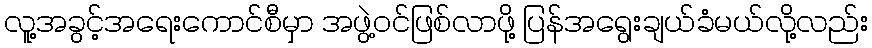
လူ့အခွင့်အရေးကောင်စီမှာ အဖွဲ့ဝင်ဖြစ်လာဖို့ ပြန်အရွေးချယ်ခံမယ်လို့လည်း